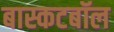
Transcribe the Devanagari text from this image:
बास्कटबॉल